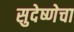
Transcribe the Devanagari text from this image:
सुदेष्णेचा